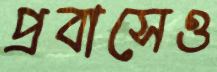
প্রবাসেও